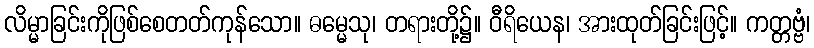
လိမ္မာခြင်းကိုဖြစ်စေတတ်ကုန်သော။ ဓမ္မေသု၊ တရားတို့၌။ ဝီရိယေန၊ အားထုတ်ခြင်းဖြင့်။ ကတ္တဗ္ဗံ၊